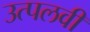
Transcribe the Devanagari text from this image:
उत्पलवी